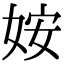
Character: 姲